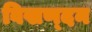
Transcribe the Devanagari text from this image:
विखण्दन